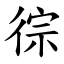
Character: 徖